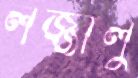
লজ্জালু